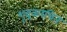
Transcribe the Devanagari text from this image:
शूद्रकरचित